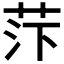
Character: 𰰼